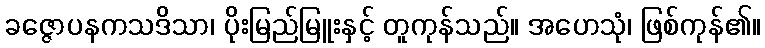
ခဇ္ဇောပနကသဒိသာ၊ ပိုးမြည်မြူးနှင့် တူကုန်သည်။ အဟေသုံ၊ ဖြစ်ကုန်၏။